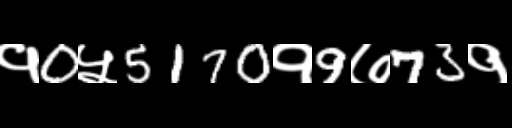
Text: १0५5170१9७73१